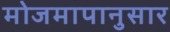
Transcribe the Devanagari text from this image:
मोजमापानुसार